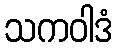
သကဝါဒံ